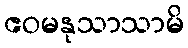
ဧဝမနုသာသာမိ